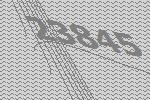
23845